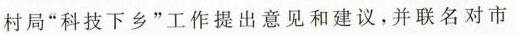
村局”科技下乡”工作提出意见和建议，并联名对市